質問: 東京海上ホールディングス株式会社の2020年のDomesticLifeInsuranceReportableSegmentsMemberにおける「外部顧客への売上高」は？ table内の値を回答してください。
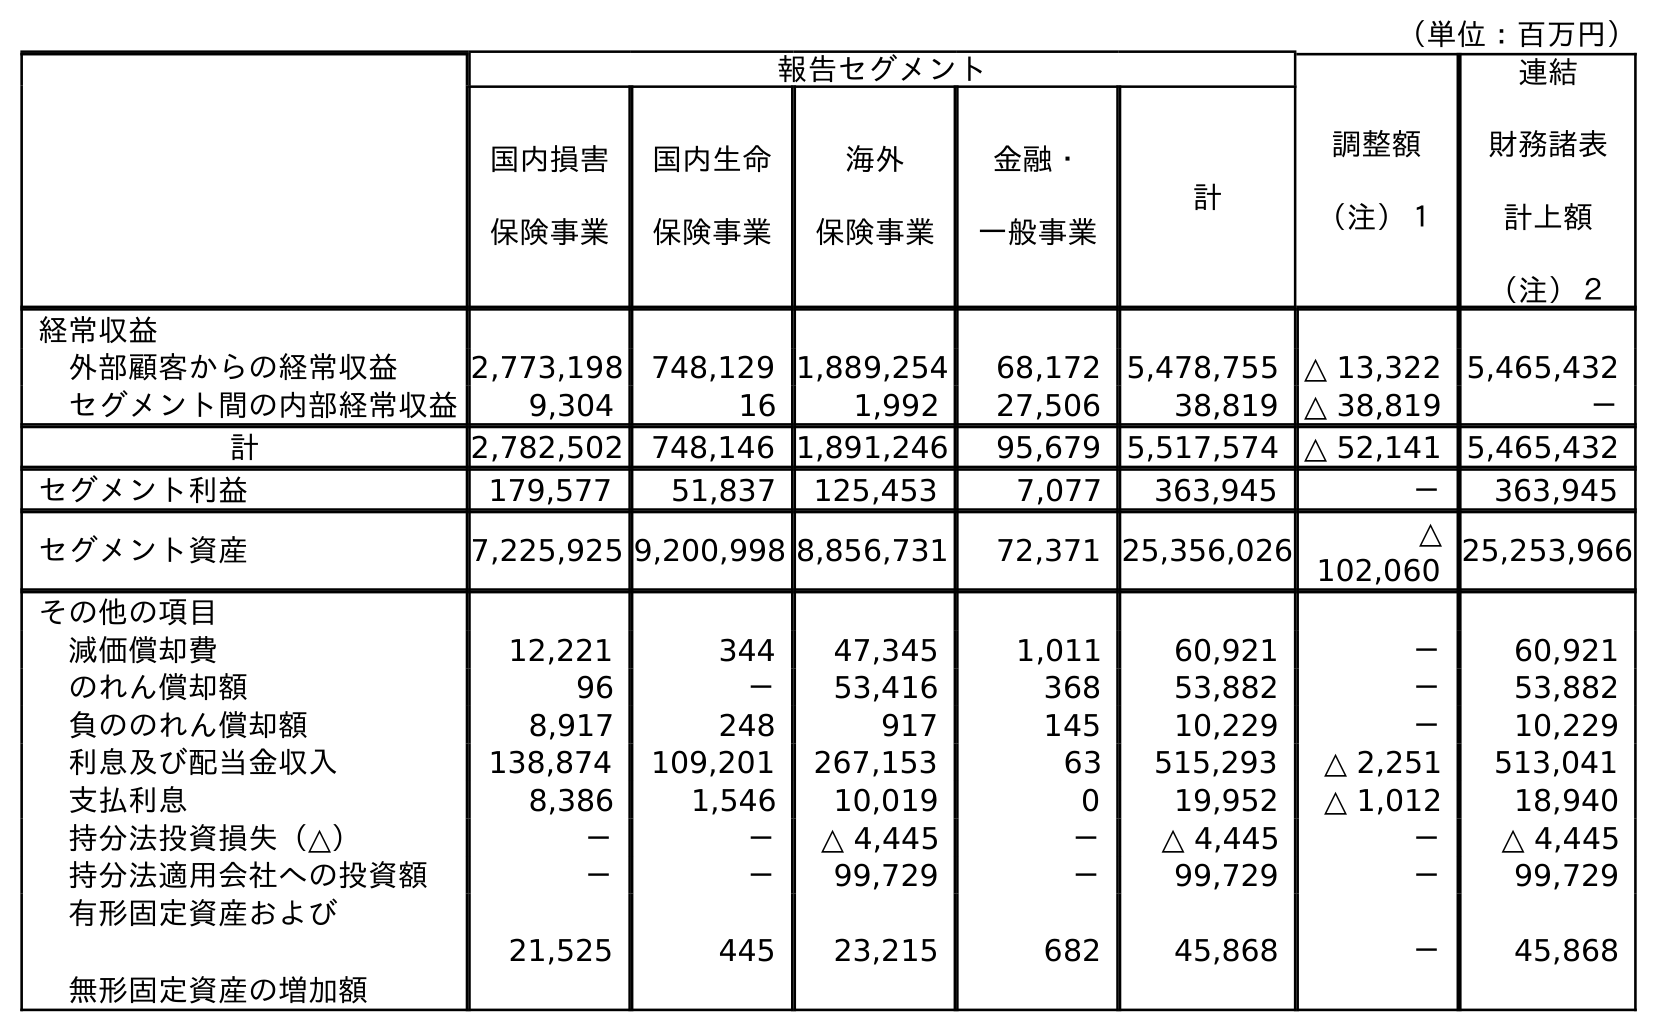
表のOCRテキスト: （単位：百万円） 報告セグメント 調整額 （注）１ 連結 財務諸表 計上額 （注）２ 国内損害 保険事業 国内生命 保険事業 海外 保険事業 金融・ 一般事業 計 経常収益 外部顧客からの経常収益 2,773,198 748,129 1,889,254 68,172 5,478,755 △ 13,322 5,465,432 セグメント間の内部経常収益 9,304 16 1,992 27,506 38,819 △ 38,819 － 計 2,782,502 748,146 1,891,246 95,679 5,517,574 △ 52,141 5,465,432 セグメント利益 179,577 51,837 125,453 7,077 363,945 － 363,945 セグメント資産 7,225,925 9,200,998 8,856,731 72,371 25,356,026 △ 102,060 25,253,966 その他の項目 減価償却費 12,221 344 47,345 1,011 60,921 － 60,921 のれん償却額 96 － 53,416 368 53,882 － 53,882 負ののれん償却額 8,917 248 917 145 10,229 － 10,229 利息及び配当金収入 138,874 109,201 267,153 63 515,293 △ 2,251 513,041 支払利息 8,386 1,546 10,019 0 19,952 △ 1,012 18,940 持分法投資損失（△） － － △ 4,445 － △ 4,445 － △ 4,445 持分法適用会社への投資額 － － 99,729 － 99,729 － 99,729 有形固定資産および 無形固定資産の増加額 21,525 445 23,215 682 45,868 － 45,868
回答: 748,129